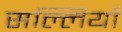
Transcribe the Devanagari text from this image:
सल्लियाँ